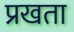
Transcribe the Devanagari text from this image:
प्रखता